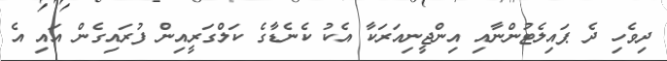
ދިވެހި ދެ ޕައިލެޓުންނާއި އިންޖީނިއަރަކާ އެކު ކެނެޑާގެ ކަލްގަރީއިން ފުރައިގެން އައި އެ